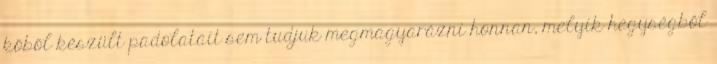
kőből készült padolatait sem tudjuk megmagyarázni honnan, melyik hegységből